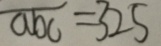
\overline { a b c } = 3 2 5